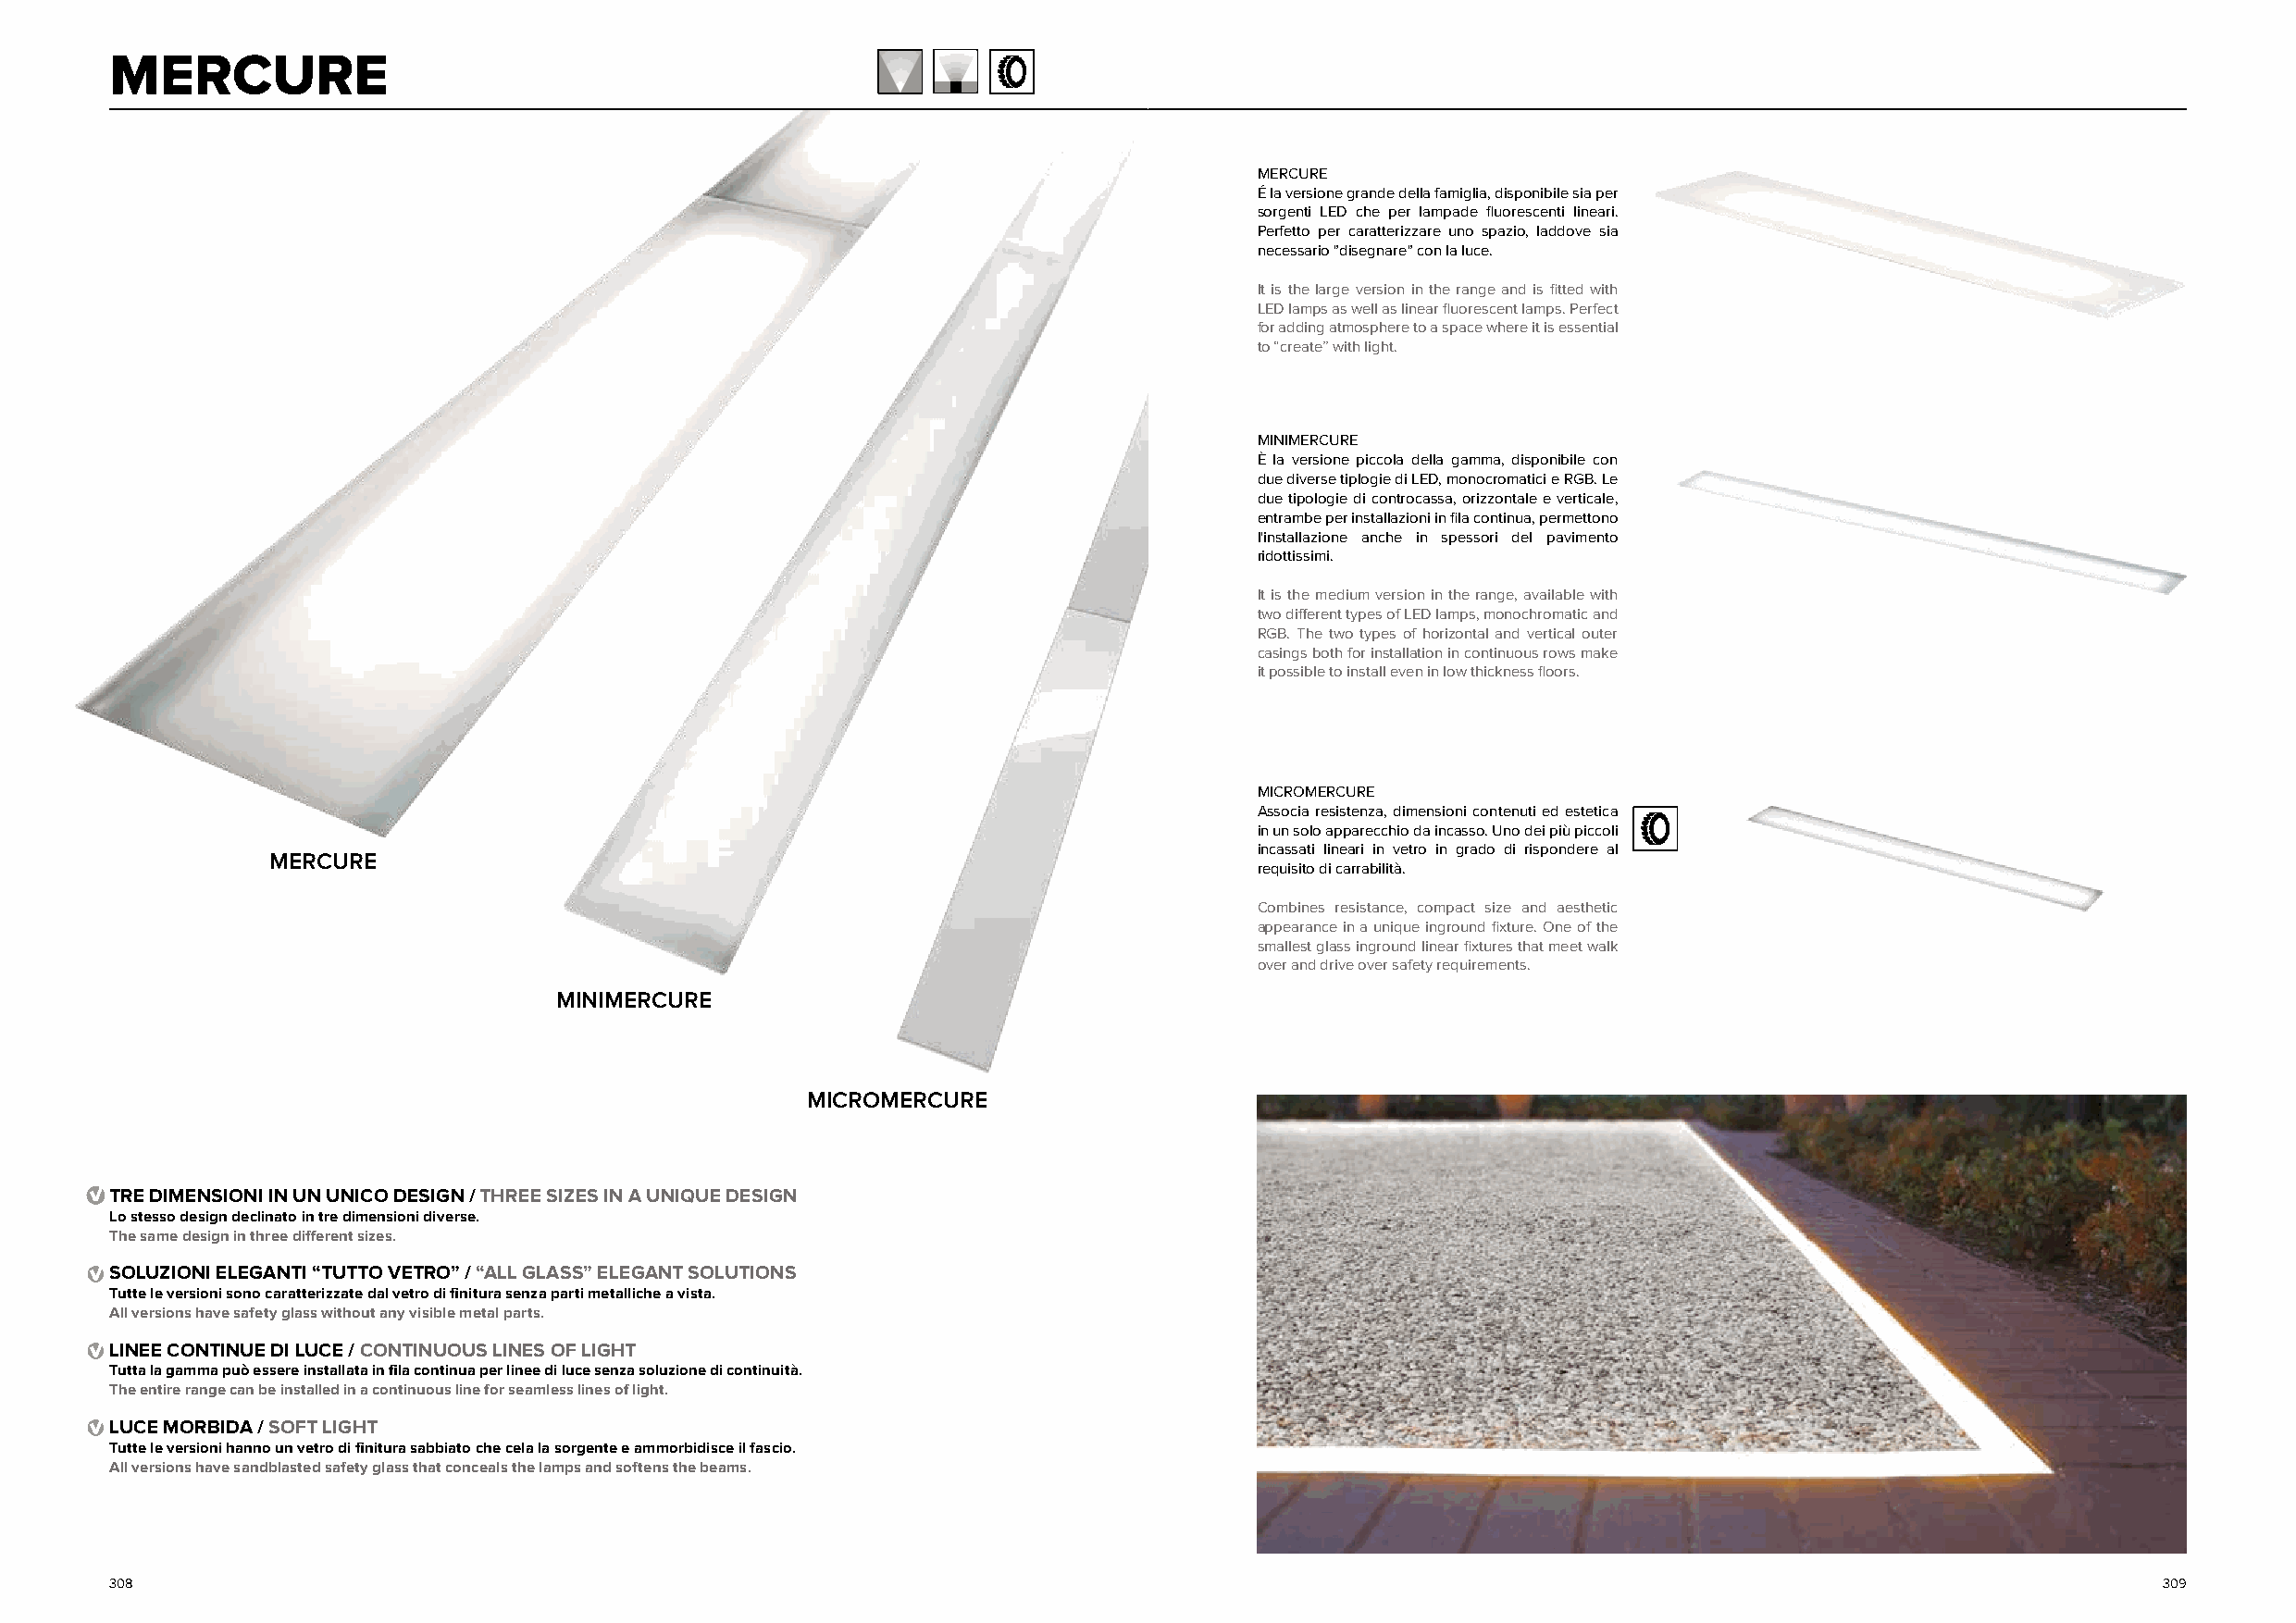
MERCURE
 MERCURE
 É la versione grande della famiglia, disponibile sia per
 sorgenti LED che per lampade fluorescenti lineari.
 Perfetto per caratterizzare uno spazio, laddove sia
 necessario "disegnare" con la luce.
 It is the large version in the range and is fitted with
 LED lamps as well as linear fluorescent lamps. Perfect
 for adding atmosphere to a space where it is essential
 to “create” with light.
 MINIMERCURE
 È la versione piccola della gamma, disponibile con
 due diverse tiplogie di LED, monocromatici e RGB. Le
 due tipologie di controcassa, orizzontale e verticale,
 entrambe per installazioni in fila continua, permettono
 l'installazione anche in spessori del pavimento
 ridottissimi.
 It is the medium version in the range, available with
 two different types of LED lamps, monochromatic and
 RGB. The two types of horizontal and vertical outer
 casings both for installation in continuous rows make
 it possible to install even in low thickness floors.
 MICROMERCURE
 Associa resistenza, dimensioni contenuti ed estetica
 in un solo apparecchio da incasso. Uno dei più piccoli
 incassati lineari in vetro in grado di rispondere al
 MERCURE
 requisito di carrabilità.
 Combines resistance, compact size and aesthetic
 appearance in a unique inground fixture. One of the
 smallest glass inground linear fixtures that meet walk
 over and drive over safety requirements.
 MINIMERCURE
 MICROMERCURE
 TRE DIMENSIONI IN UN UNICO DESIGN / THREE SIZES IN A UNIQUE DESIGN
 Lo stesso design declinato in tre dimensioni diverse.
 The same design in three different sizes.
 SOLUZIONI ELEGANTI “TUTTO VETRO” / “ALL GLASS” ELEGANT SOLUTIONS
 Tutte le versioni sono caratterizzate dal vetro di finitura senza parti metalliche a vista.
 All versions have safety glass without any visible metal parts.
 LINEE CONTINUE DI LUCE / CONTINUOUS LINES OF LIGHT
 Tutta la gamma può essere installata in fila continua per linee di luce senza soluzione di continuità.
 The entire range can be installed in a continuous line for seamless lines of light.
 LUCE MORBIDA / SOFT LIGHT
 Tutte le versioni hanno un vetro di finitura sabbiato che cela la sorgente e ammorbidisce il fascio.
 All versions have sandblasted safety glass that conceals the lamps and softens the beams.
 308                                                                                                                                                309